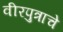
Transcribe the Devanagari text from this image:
वीरपुत्राचे